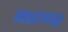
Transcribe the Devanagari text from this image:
माळशेजपासून